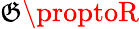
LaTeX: \mathfrak{G}\proptoR